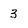
Character: 3